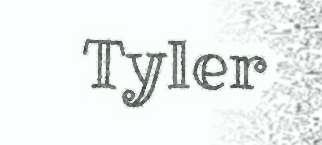
Tyler